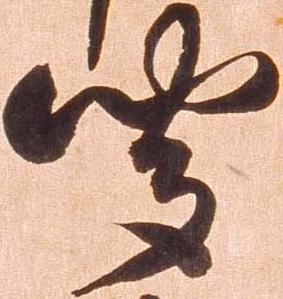
聞